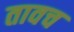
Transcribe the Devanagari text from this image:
तावच